Lunatic asylums United Prov. 1922-30 - 1922-1930
Year: 1922
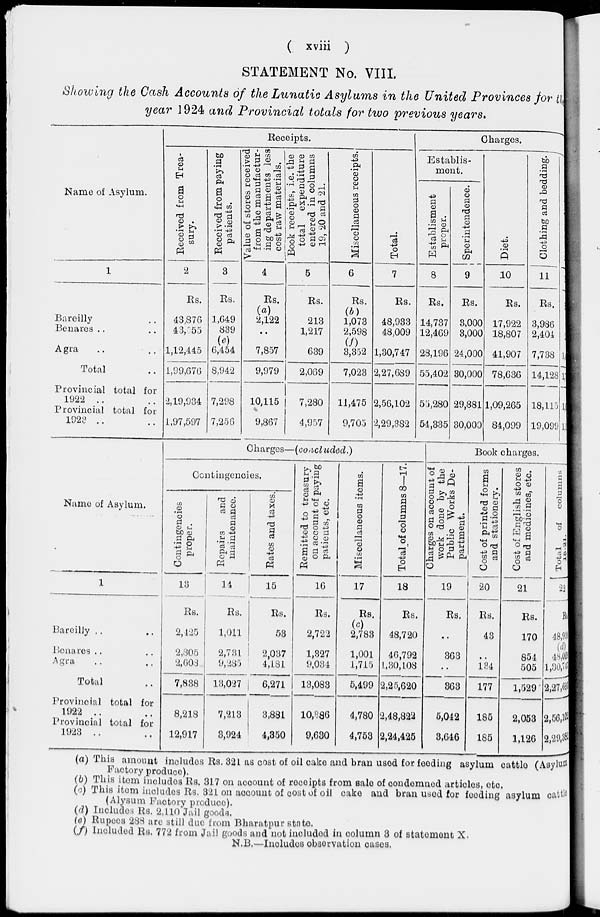
( xviii )
STATEMENT No. VIII.
Showing the Cash Accounts of the Lunatic Asylums in the United Provinces for the
year 1924 and Provincial totals for two previous years.
Name of Asylum.
1
Bareilly ..
Benares .. ..
Agra .. ..
Total ..
Provincial total for
1922 .. ..
Provincial total for
1923 .. ..
Receipts.
Received from Trea-
sury.
2
Rs.
43,876
43,555
1,12,445
1,99,676
2,19,934
1,97,597
Received from paying
patients.
3
Rs.
1,649
839
(e)
6,454
8,942
7,298
7,256
Value of stores received
from the manufactur-
ing departments less
cost raw materials.
4
Rs.
(a)
2,122
..
7,857
9,979
10,115
9,867
Book receipts, i.e. the
total expenditure
entered in columns
19, 20 and 21.
5
Rs.
213
1,217
639
2,069
7,280
4,957
Miscellaneous receipts.
6
Rs.
(b)
1,073
2,598
(f)
3,332
7,023
11,475
9,705
Total.
7
Rs.
48,933
48,009
1,30,747
2,27689
2,56,102
2,29,382
Charges.
Establisment.
Establisment
proper.
8
Rs.
14,737
12,469
28,196
55,402
55,280
54,335
Sperintendence.
9
Rs.
3,000
3,000
24,000
30,000
29,881
30,000
Diet.
10
Rs.
17922
18,807
41,907
78,636
1,09,265
84,099
Clothing and bedding.
11
Rs.
3,986
2,404
7,738
14,128
18,115
19,099
Name of Asylum.
1
Bareilly .. ..
Benares .. ..
Agra .. ..
Total ..
Provincial total for
1922 .. ..
Provincial total for
1923 .. ..
Charges—(concluded.)
Contingencies.
Contingencies
proper.
13
Rs.
2,125
2,305
2,608
7,838
8,218
12,917
Repairs
and
maintenance.
14
Rs.
1,011
2,731
9,285
13,027
7,213
3,924
Rates and taxes.
15
Rs.
53
2,037
4,181
6,271
3,881
4,350
Remitted to treasury
on account of paying
patients, etc.
16
Rs.
2,722
1,327
9,034
13,083
10,886
9,630
Miscellaneous items.
17
Rs.
(c)
2,783
1,001
1,715
5,499
4,780
4,753
Total of columns 8—17.
18
Rs.
48,720
46,792
1,30,108
2,25,620
2,48,822
2,24,425
Book charges.
Charges on account of
work done by the
Public Works De-
partment.
19
Rs.
(c)
363
363
5,042
3,646
Cost of printed forms
and stationery.
20
Rs.
43
..
134
177
185
185
Cost of English stores
and medicines, etc.
21
Rs.
170
854
505
1,529
2,053
1,126
Total of
columns
22
Rs.
48,933
(d)
48,009
1,30,747
2,27,689
2,56,103
2,29,382
(a) This amount includes Rs. 321 as cost of oil cake and bran used for feeding asylum cattle (Asylum
Factory produce).
(b) This item includes Rs. 317 on account of receipts from sale of condemned articles, etc.
(c) This item includes Rs. 321 on account of cost of oil cake and bran used for feeding asylum cattle
(Alysum Factory produce).
(d) Includes Rs. 2,110 Jail goods.
(e) Rupees 288 are still due from Bharatpur state.
(f) Included Rs. 772 from Jail goods and not included in column 3 of statement X.
N.B.—Includes observation cases.